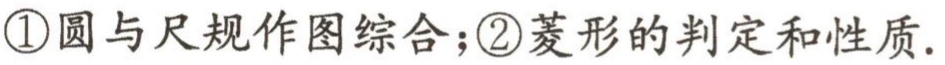
\textcircled{1}圆与尺规作图综合；\textcircled{2}菱形的判定和性质.